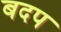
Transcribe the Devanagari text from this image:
बदप